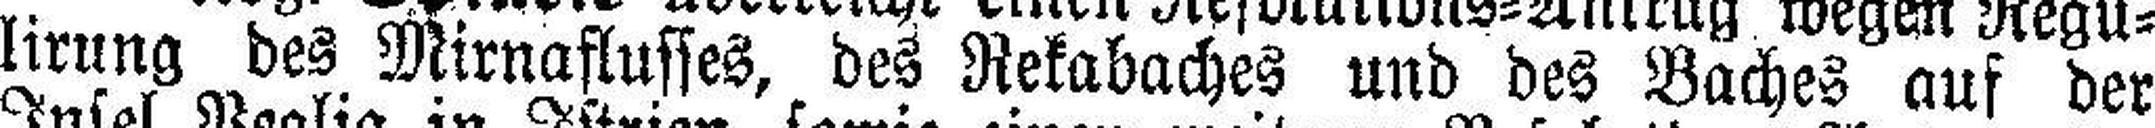
lirung des Mirnaflusses, des Rekabaches und des Baches auf der